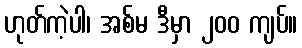
ဟုတ်ကဲ့ပါ၊ အစ်မ ဒီမှာ ၂၀၀ ကျပ်။